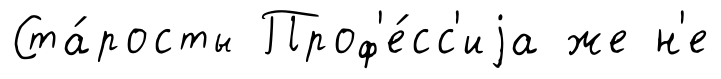
Ста́росты Проф'е́сс'иjа же н'е